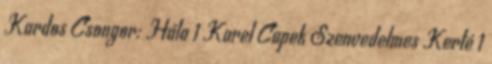
Kardos Csongor: Hála 1 Karel Capek Szenvedelmes Kerté 1